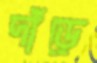
দাঁড়ে